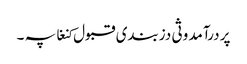
پر درآمد وثی دزبندی قبول کنغا پہ ۔